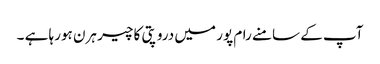
آپ کے سامنے رام پور میں دروپتی کا چیر ہرن ہورہا ہے ۔